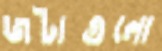
জটাগুলো